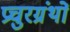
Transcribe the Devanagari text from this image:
प्रचुरग्रंथों